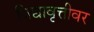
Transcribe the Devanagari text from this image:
विद्यावृत्तीवर